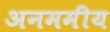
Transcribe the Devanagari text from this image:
अनममीय